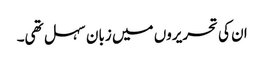
ان کی تحریروں میں زبان سہل تھی۔